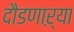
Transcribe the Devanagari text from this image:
दौडणाऱ्या